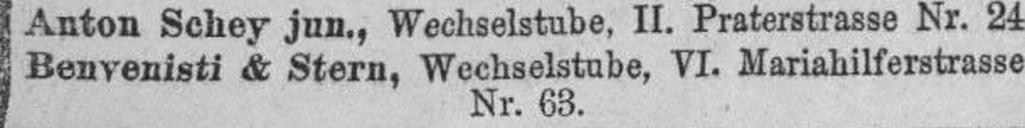
Anton Schey jun., Wechselstube, II. Praterstrasse Nr. 24